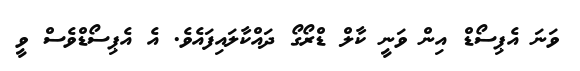
ވަނަ އެޕިސޯޑް އިން ވަނީ ކާލް ޑްރޯގޯ ދައްކާލައިފައެވެ. އެ އެޕިސޯޑްވެސް ވީ